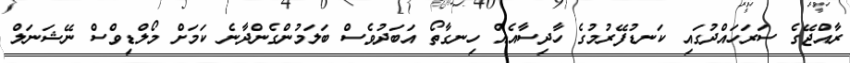
ރާއްޖޭގެ ސަރަހައްދުގައި ކަނޑުފޭރުމުގެ ހާދިސާއެއް ހިނގާތޯ އަބަދުވެސް ބަލަމުންގެންދާނެ ކަމަށް މޯލްޑިވްސް ނޭޝަނަލް